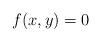
LaTeX: \begin{align*} f(x,y)=0\end{align*}